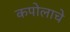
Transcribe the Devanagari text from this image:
कपोलाचे